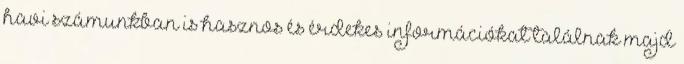
havi számunkban is hasznos és érdekes információkat találnak majd